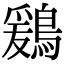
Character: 鶢